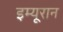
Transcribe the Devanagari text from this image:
इम्यूरान